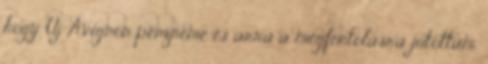
hogy Új Avignon pénzneme és arra a megfontolásra jutottam,